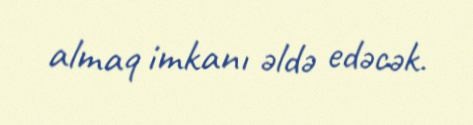
almaq imkanı əldə edəcək.